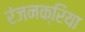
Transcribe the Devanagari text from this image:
रंजनक्रिया